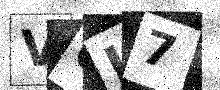
Text: VOJ7